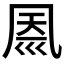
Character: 𠙗